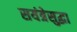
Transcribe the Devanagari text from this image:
सयंत्रेसुद्धा